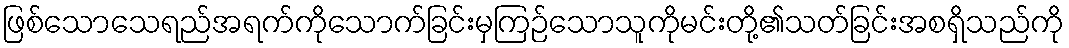
ဖြစ်သောသေရည်အရက်ကိုသောက်ခြင်းမှကြဉ်သောသူကိုမင်းတို့၏သတ်ခြင်းအစရှိသည်ကို